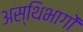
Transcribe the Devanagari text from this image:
अस्थिभागों